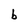
Character: b